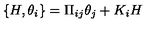
\{ H , \theta _ { i } \} = \Pi _ { i j } \theta _ { j } + K _ { i } H